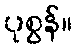
ပုစွန်။